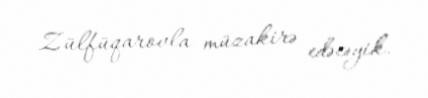
Zülfüqarovla müzakirə edəcəyik.